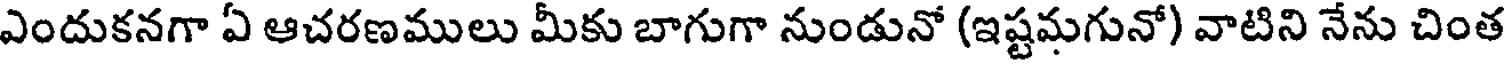
ఎందుకనగా ఏ ఆచరణములు మీకు బాగుగా నుండునో (ఇష్టమగునో) వాటిని నేను చింత